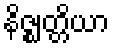
နိဇ္ဈတ္တိယာ